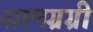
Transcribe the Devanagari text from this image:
सामग्रग्री